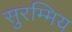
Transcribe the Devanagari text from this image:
सुरम्मिय